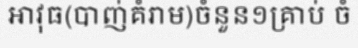
អាវុធ(បាញ់គំរាម)ចំនួន១គ្រាប់ ចំ